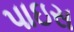
પાઇસ